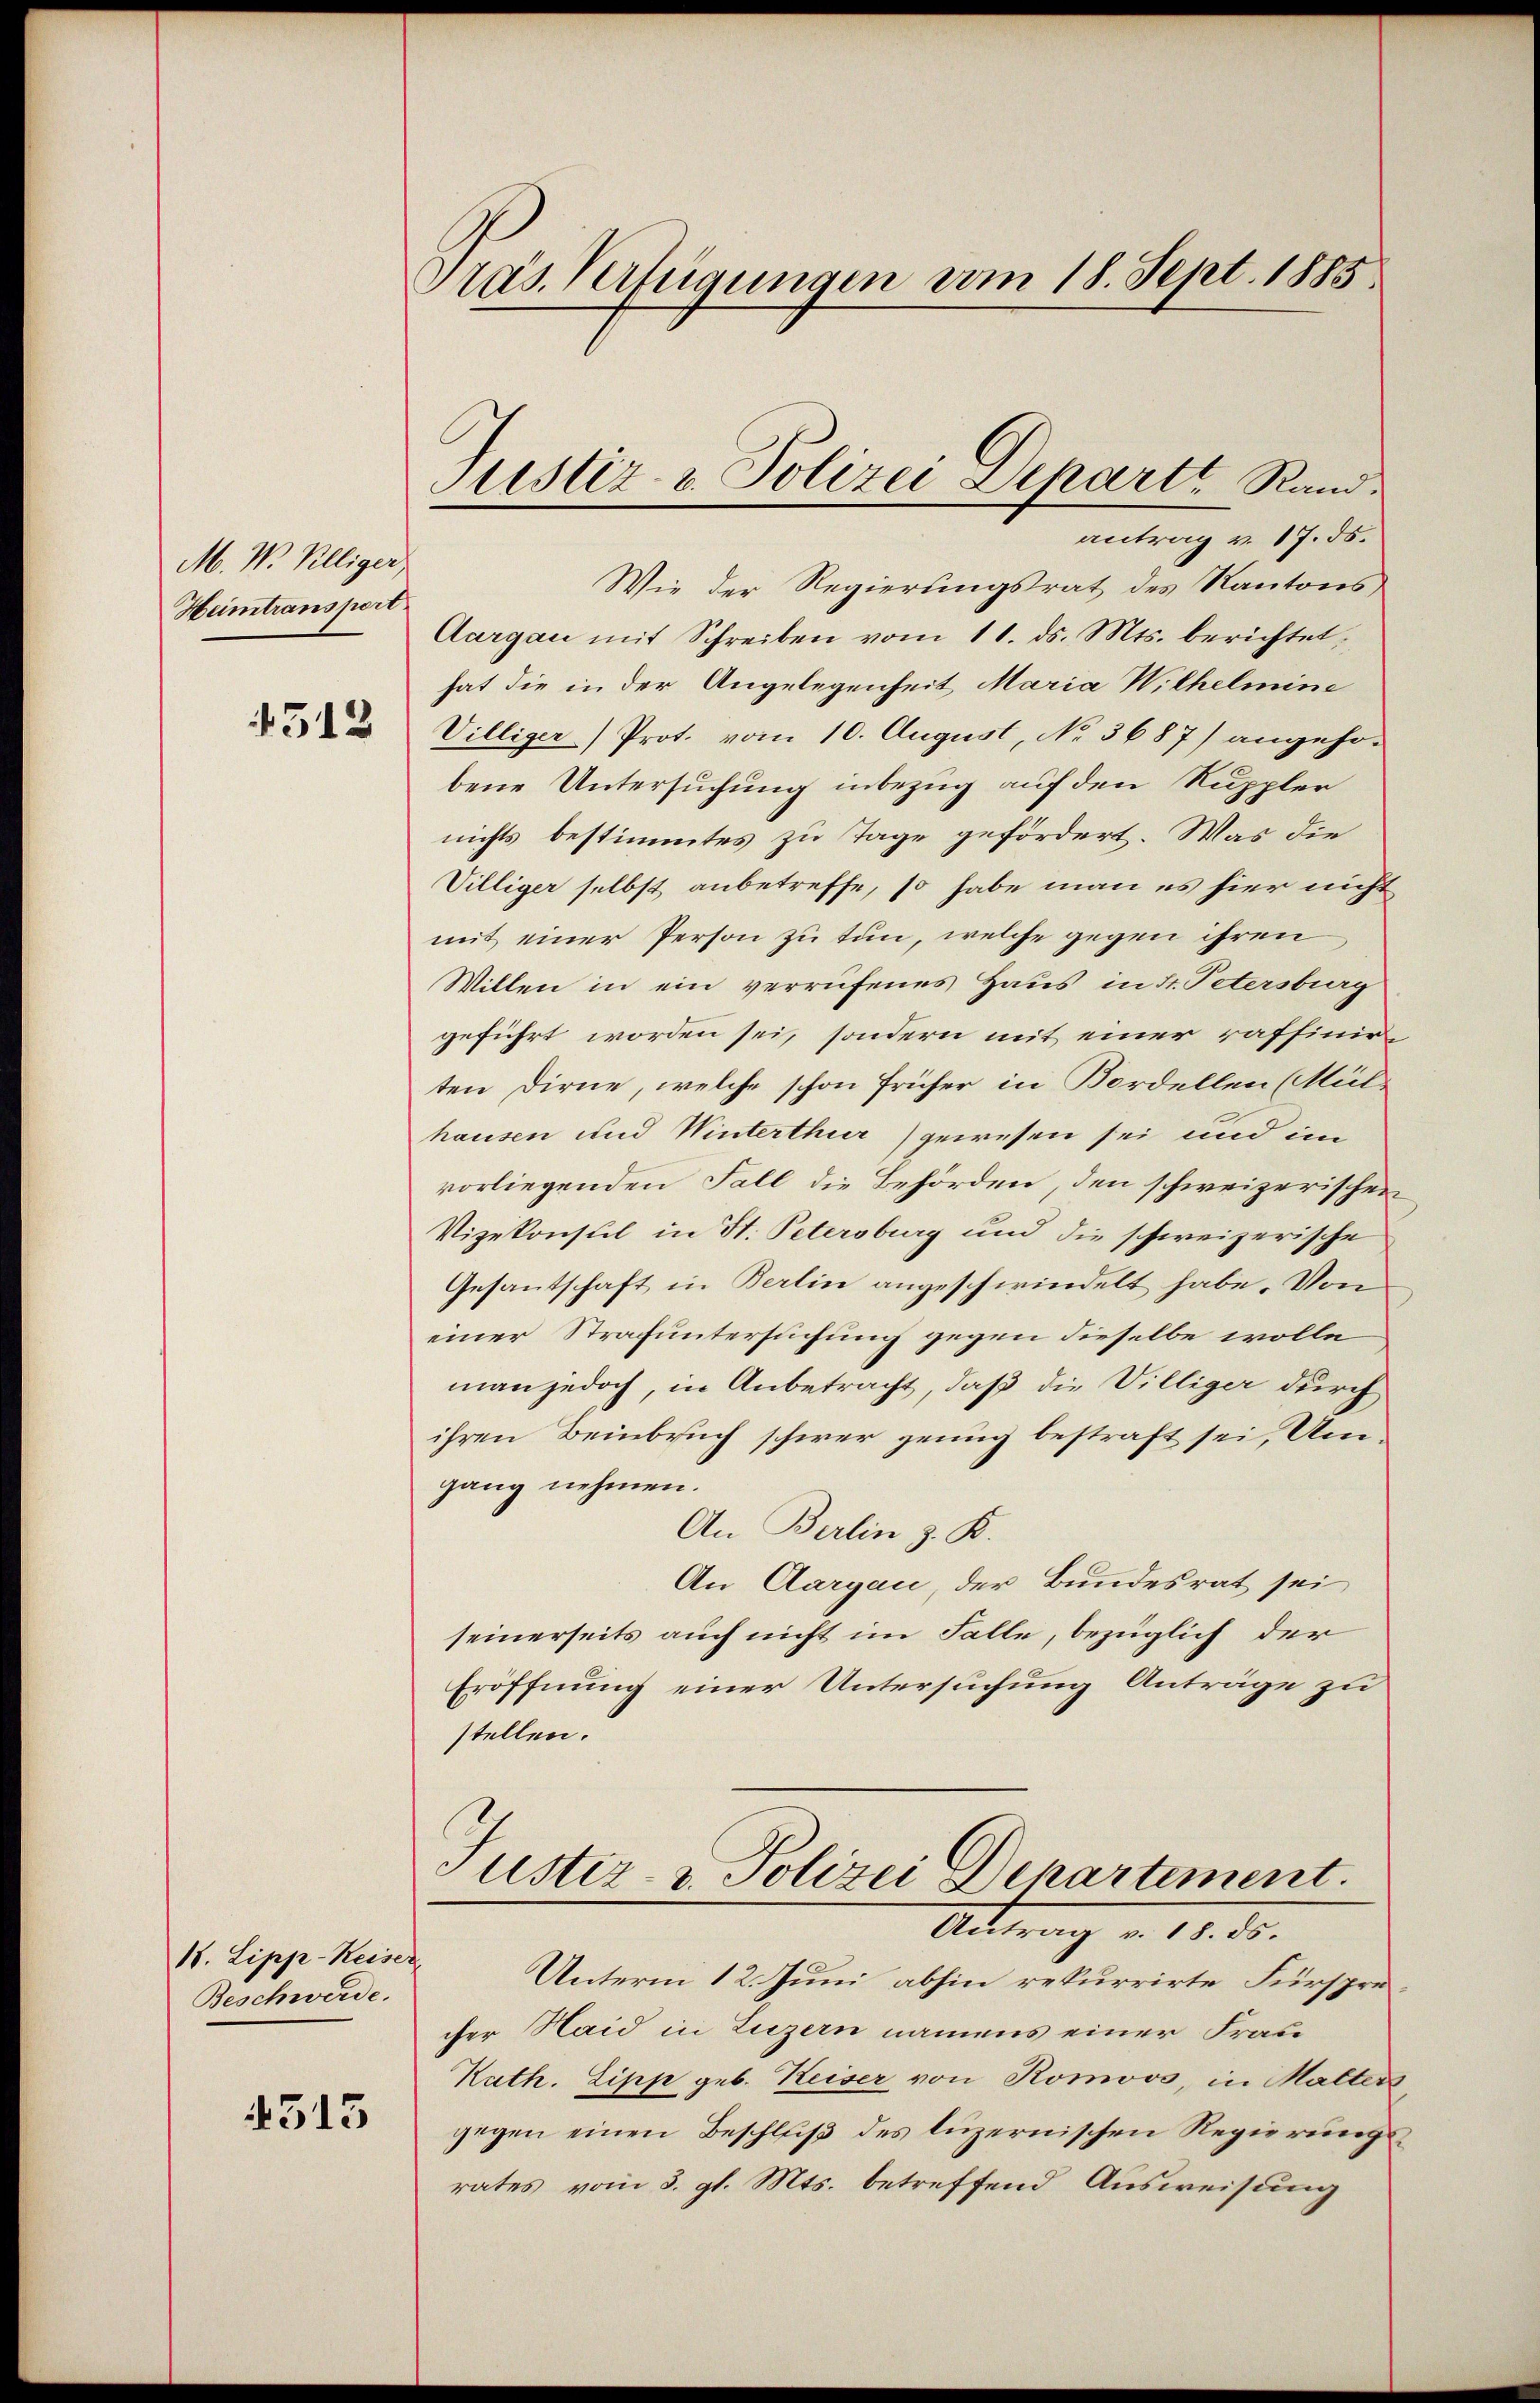
M. W. Killiger
Heimtransport

4512

11. Lipp-Keiser
Beschwerde.

4315

Präs. Verfügungen vom 18. Sept. 1885

Wie der Regierungsrat des Kantons
Aargau mit Schreiben vom 11. ds. Mts. berichtet,
hat die in der Angelegenheit Maria Wilhelmine
Villiger) Prot. vom 10. August, No 3687) angehobene Untersuchung inbezug auf den Ruppler
nichts bestimmtes zu Tage gefördert. Was die
Villiger selbst anbetreffe, so habe man es hier nicht
mit einer Person zu tun, welche gegen ihren
Willen in ein verrufenes Haus in d. Petersburg
geführt worden sei, sondern mit einer raffinirten Dirne, welche schon früher in Bordellen (Mül
hausen und Winterthur) gewesen sei und im
vorliegenden Fall die Behörden, den schweizerischen
Vizekonsul in St. Petersburg und die schweizerische
Gesantschaft in Berlin angeschwindelt habe. Von
einer Strafuntersuchung gegen dieselbe wolle
man jedoch, in Anbetracht, daß die Villiger durch
ihren Beinbruch schwer genug bestraft sei, Umgang nehmen.
An Berlin z. K.
An Aargau, der Bundesrat sei
seinerseits auch nicht im Falle, bezüglich der
Eröffnung einer Untersuchung Anträge zu
stellen.
Justiz- & Polizei Departement.
Antrag v. 18. ds.
Unterm 12. Juni abhin rekurrirte Fürsprücher Haid in Luzern namens einer Frau
Kuth. Lipp geb. Keiser von Romoos, in Matters
gegen einen Beschlŭβ des luzernischen Regierŭngs-
rates vom 3. gl. Mts. betreffend Ausweisung

Justiz - Polizei Departe Rand.
antrag v. 17. ds.